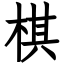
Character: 棋